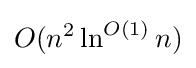
O(n^{2}\ln ^{O(1)}n)